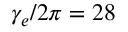
\gamma _ { e } / 2 \pi = 2 8